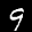
Label: 9